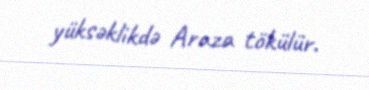
yüksəklikdə Araza tökülür.